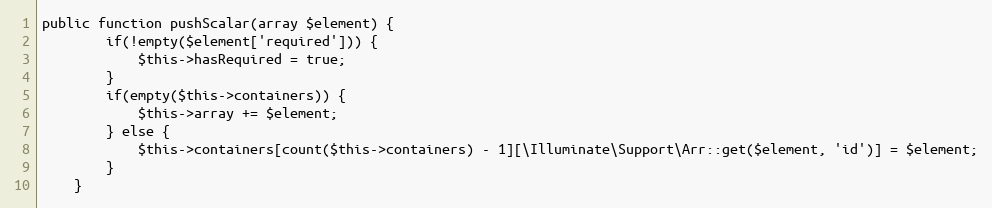
Language: PHP
public function pushScalar(array $element) {
        if(!empty($element['required'])) {
            $this->hasRequired = true;
        }
        if(empty($this->containers)) {
            $this->array += $element;
        } else {
            $this->containers[count($this->containers) - 1][\Illuminate\Support\Arr::get($element, 'id')] = $element;
        }
    }